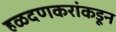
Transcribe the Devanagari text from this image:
हळदणकरांकडून